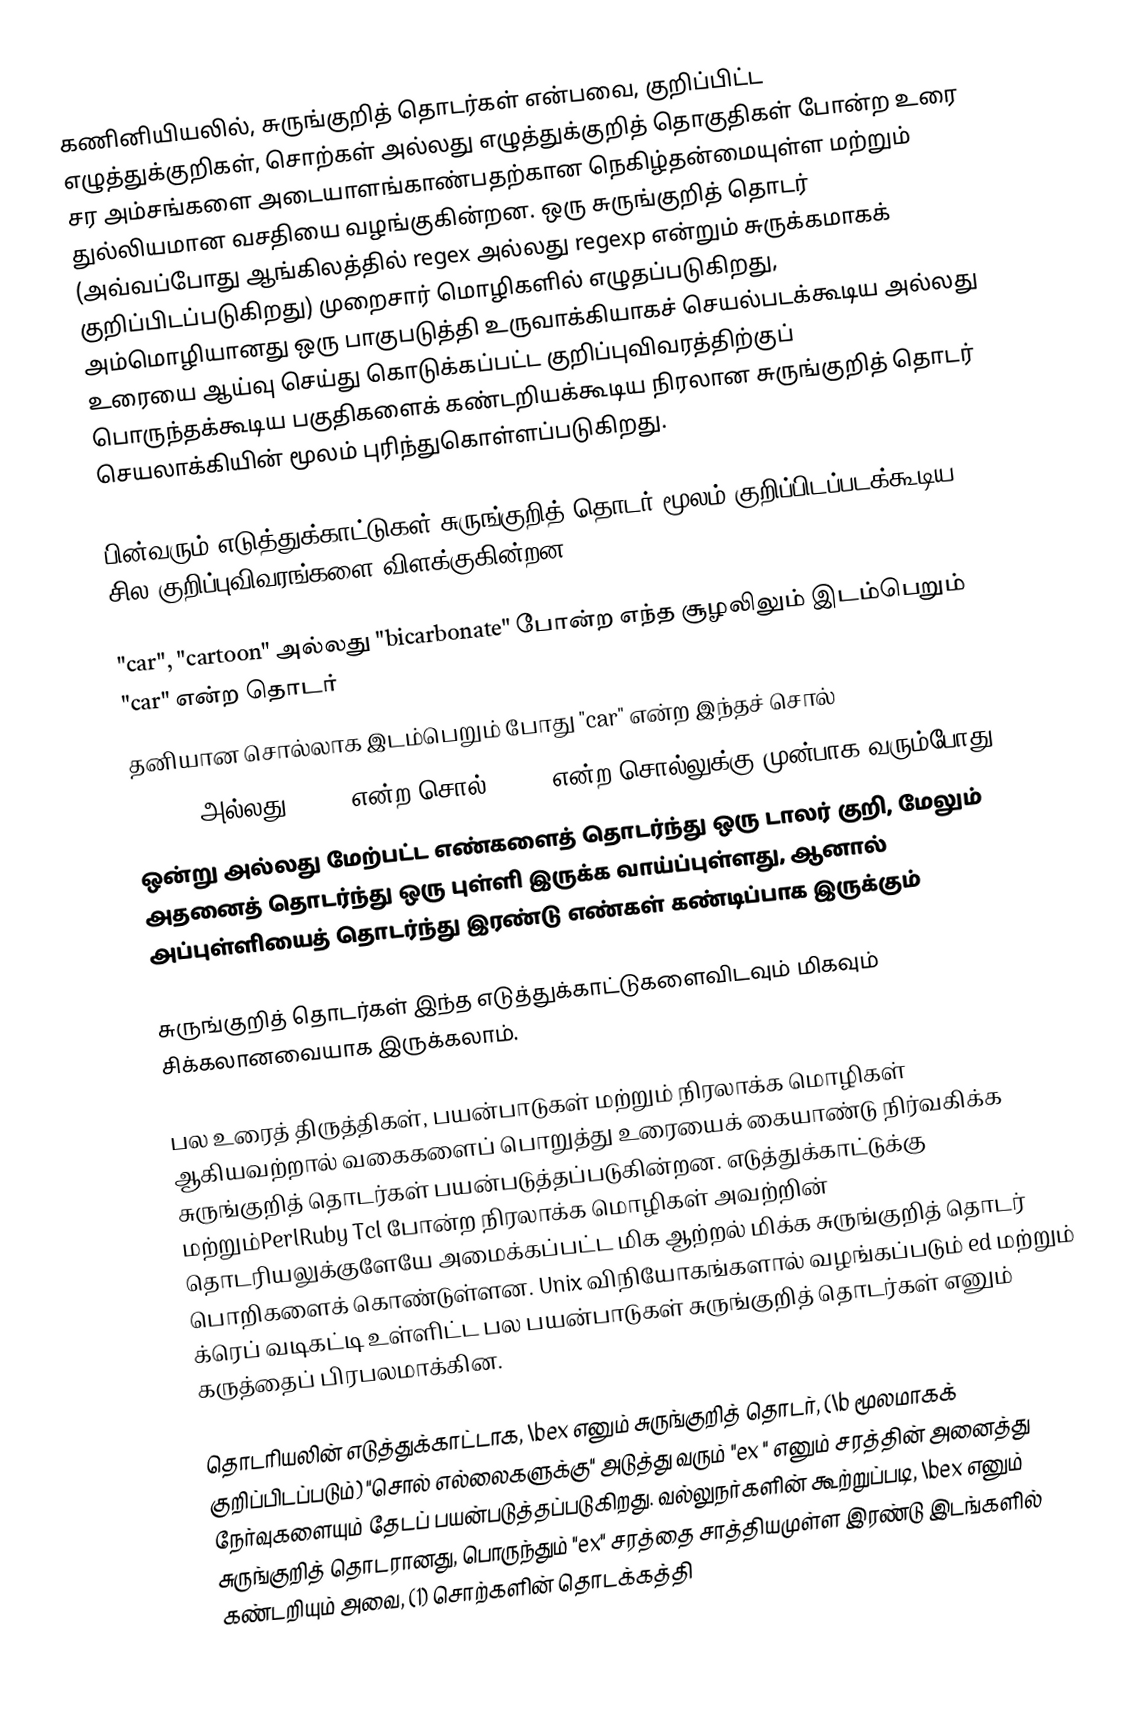
கணினியியலில், சுருங்குறித் தொடர்கள் என்பவை, குறிப்பிட்ட எழுத்துக்குறிகள், சொற்கள் அல்லது எழுத்துக்குறித் தொகுதிகள் போன்ற உரை சர அம்சங்களை அடையாளங்காண்பதற்கான நெகிழ்தன்மையுள்ள மற்றும் துல்லியமான வசதியை வழங்குகின்றன. ஒரு சுருங்குறித் தொடர் (அவ்வப்போது ஆங்கிலத்தில் regex அல்லது regexp என்றும் சுருக்கமாகக் குறிப்பிடப்படுகிறது) முறைசார் மொழிகளில் எழுதப்படுகிறது, அம்மொழியானது ஒரு பாகுபடுத்தி உருவாக்கியாகச் செயல்படக்கூடிய அல்லது உரையை ஆய்வு செய்து கொடுக்கப்பட்ட குறிப்புவிவரத்திற்குப் பொருந்தக்கூடிய பகுதிகளைக் கண்டறியக்கூடிய நிரலான சுருங்குறித் தொடர் செயலாக்கியின் மூலம் புரிந்துகொள்ளப்படுகிறது.

பின்வரும் எடுத்துக்காட்டுகள் சுருங்குறித் தொடர் மூலம் குறிப்பிடப்படக்கூடிய சில குறிப்புவிவரங்களை விளக்குகின்றன:

 "car", "cartoon" அல்லது "bicarbonate" போன்ற எந்த சூழலிலும் இடம்பெறும் "car" என்ற தொடர்
 தனியான சொல்லாக இடம்பெறும் போது "car" என்ற இந்தச் சொல்
 "blue" அல்லது "red" என்ற சொல் "car" என்ற சொல்லுக்கு முன்பாக வரும்போது
 ஒன்று அல்லது மேற்பட்ட எண்களைத் தொடர்ந்து ஒரு டாலர் குறி, மேலும் அதனைத் தொடர்ந்து ஒரு புள்ளி இருக்க வாய்ப்புள்ளது, ஆனால் அப்புள்ளியைத் தொடர்ந்து இரண்டு எண்கள் கண்டிப்பாக இருக்கும்

சுருங்குறித் தொடர்கள் இந்த எடுத்துக்காட்டுகளைவிடவும் மிகவும் சிக்கலானவையாக இருக்கலாம்.

பல உரைத் திருத்திகள், பயன்பாடுகள் மற்றும் நிரலாக்க மொழிகள் ஆகியவற்றால் வகைகளைப் பொறுத்து உரையைக் கையாண்டு நிர்வகிக்க சுருங்குறித் தொடர்கள் பயன்படுத்தப்படுகின்றன. எடுத்துக்காட்டுக்கு மற்றும்PerlRuby Tcl போன்ற நிரலாக்க மொழிகள் அவற்றின் தொடரியலுக்குளேயே அமைக்கப்பட்ட மிக ஆற்றல் மிக்க சுருங்குறித் தொடர் பொறிகளைக் கொண்டுள்ளன. Unix விநியோகங்களால் வழங்கப்படும் ed மற்றும் க்ரெப் வடிகட்டி உள்ளிட்ட பல பயன்பாடுகள் சுருங்குறித் தொடர்கள் எனும் கருத்தைப் பிரபலமாக்கின.

தொடரியலின் எடுத்துக்காட்டாக, \bex எனும் சுருங்குறித் தொடர், (\b மூலமாகக் குறிப்பிடப்படும்) "சொல் எல்லைகளுக்கு" அடுத்து வரும் "ex " எனும் சரத்தின் அனைத்து நேர்வுகளையும் தேடப் பயன்படுத்தப்படுகிறது. வல்லுநர்களின் கூற்றுப்படி, \bex எனும் சுருங்குறித் தொடரானது, பொருந்தும் "ex" சரத்தை சாத்தியமுள்ள இரண்டு இடங்களில் கண்டறியும் அவை, (1) சொற்களின் தொடக்கத்தி